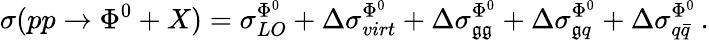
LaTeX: \sigma(pp\to\Phi^{0}+X)=\sigma_{LO}^{\Phi^{0}}+\Delta\sigma_{virt}^{\Phi^{0}}+\Delta\sigma_{\mathfrak{g}\mathfrak{g}}^{\Phi^{0}}+\Delta\sigma_{\mathfrak{g}q}^{\Phi^{0}}+\Delta\sigma_{q\bar{{q}}}^{\Phi^{0}}\, .